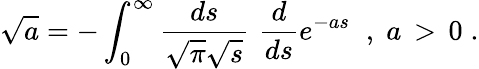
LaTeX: \sqrt{a}=-\int_{0}^{\infty}\frac{ds}{\sqrt{\pi}\sqrt{s}}\, \, \frac{d}{ds}e^{-as}\; \; ,\; a\, >\, 0\; .